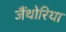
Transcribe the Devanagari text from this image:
जैंथोरिया